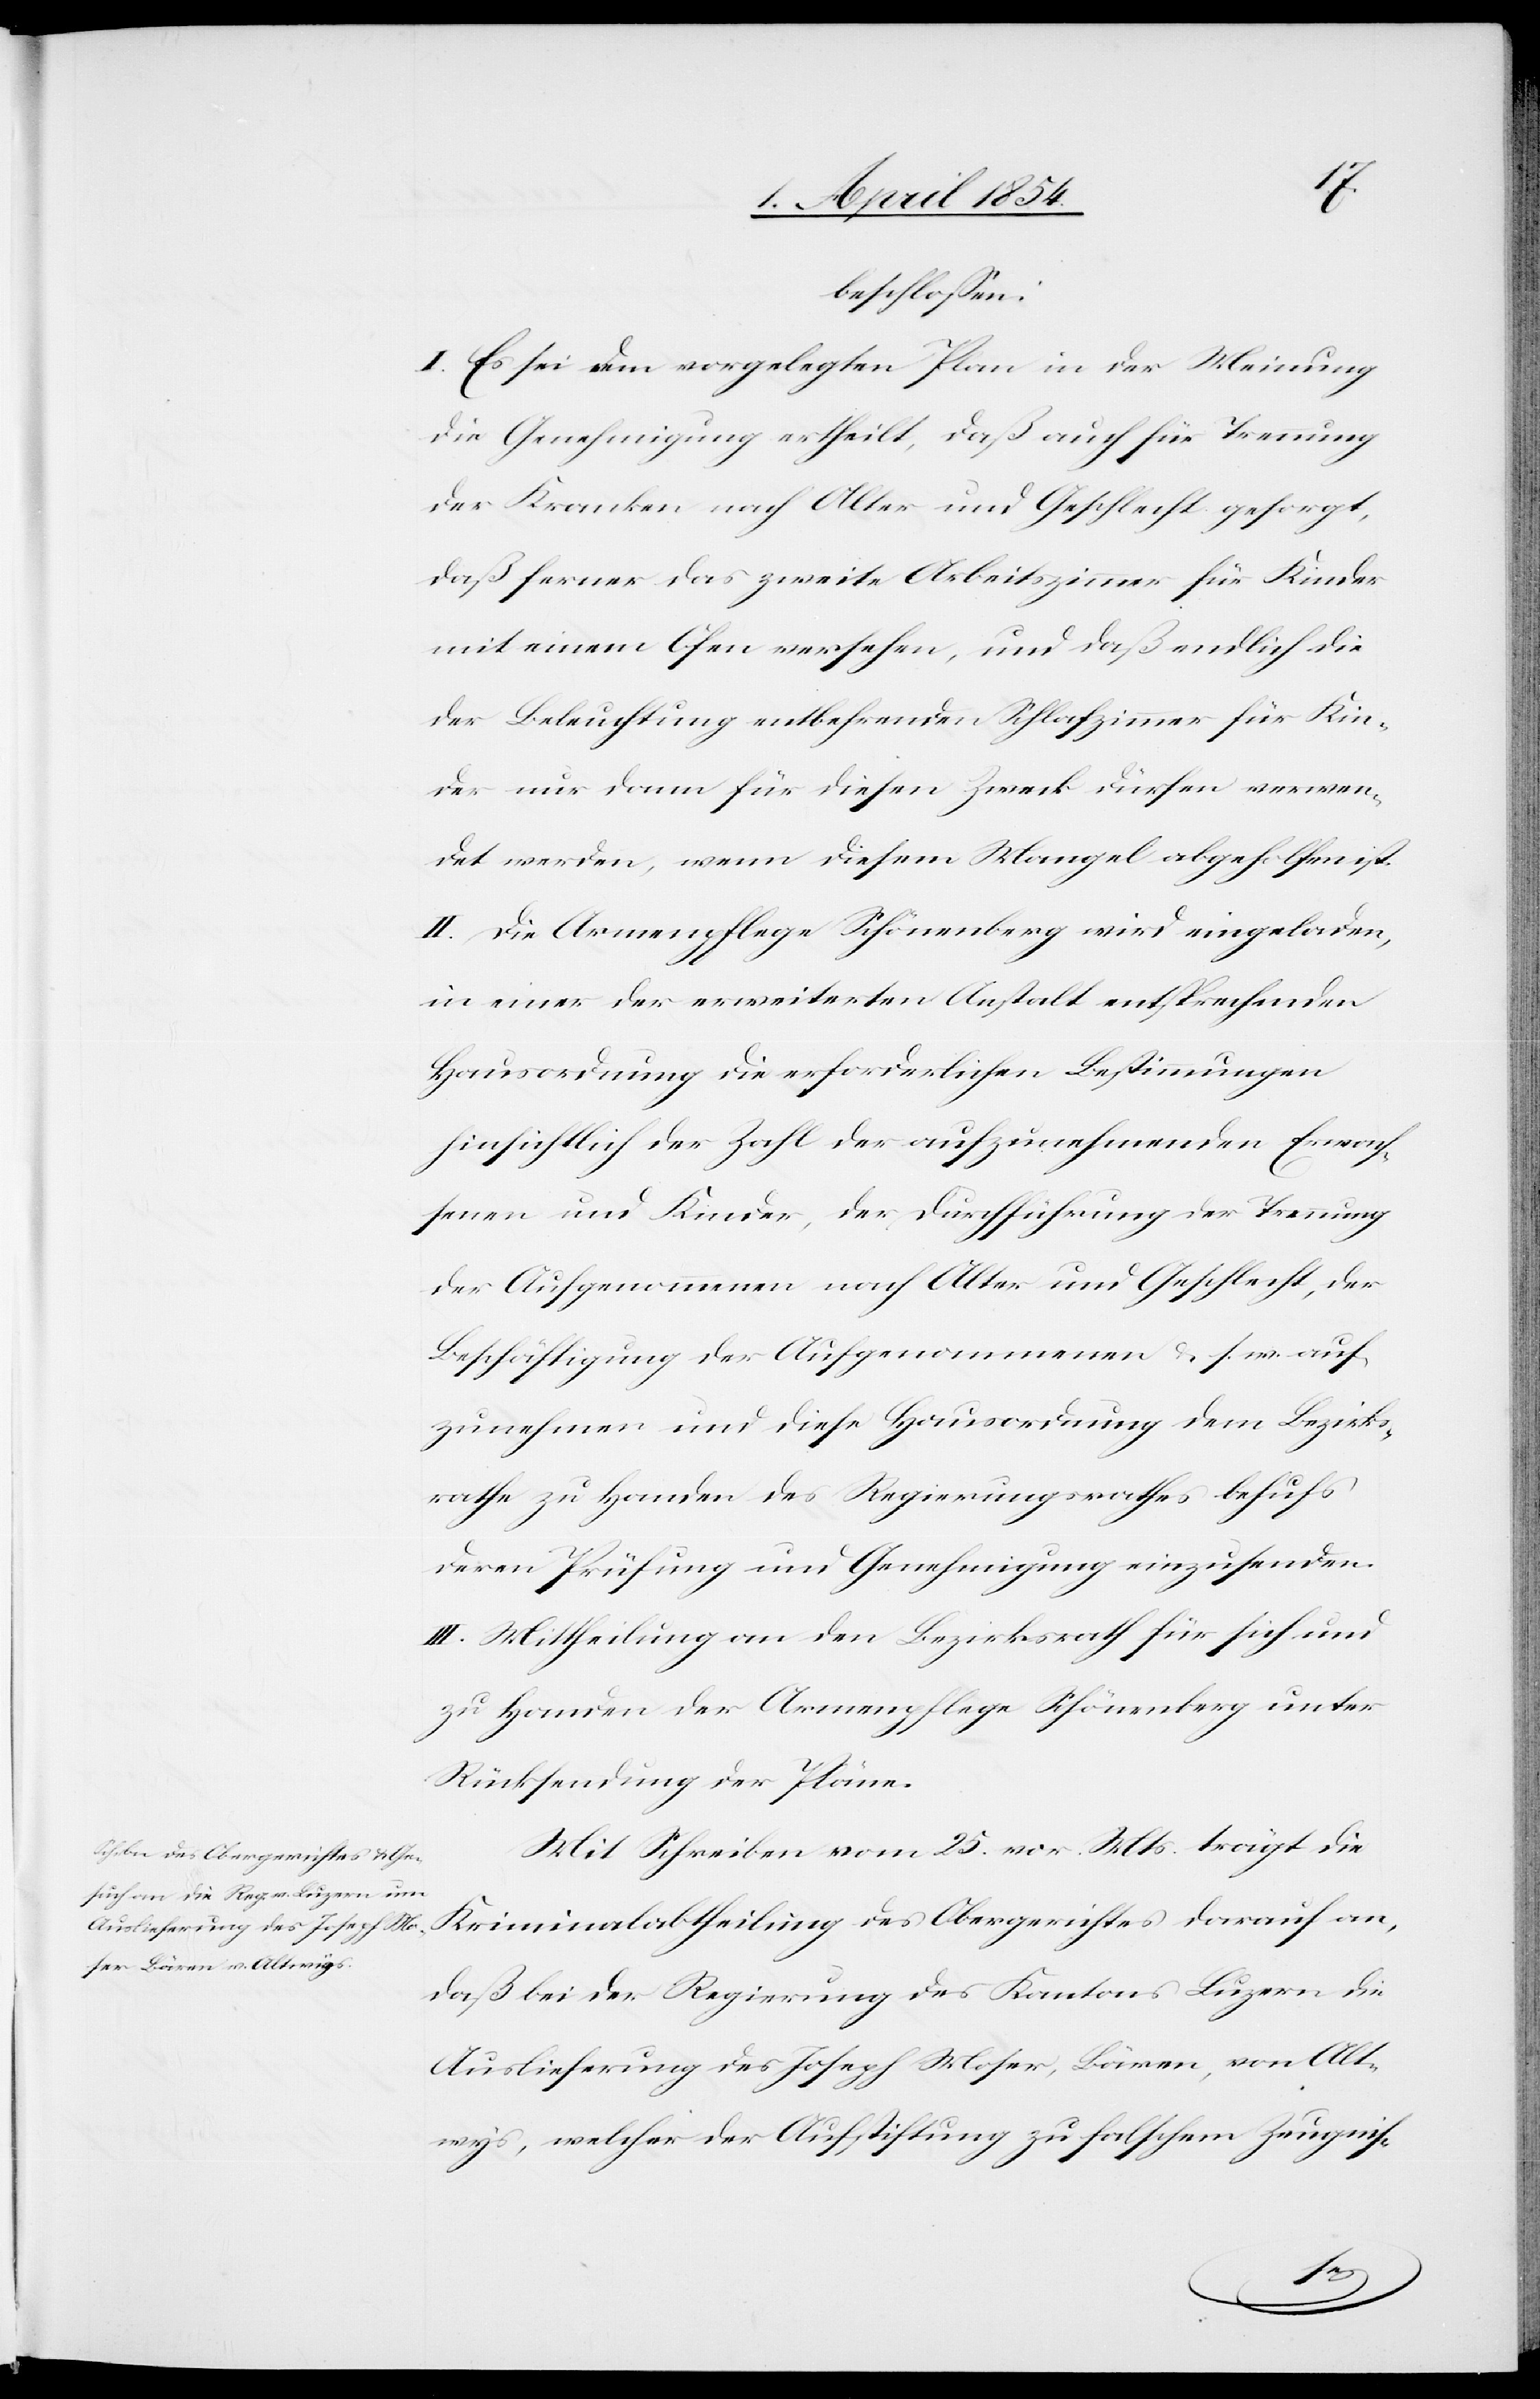
beschloßen:
I. Es sei dem vorgelegten Plan in der Meinung
die Genehmigung ertheilt, daß auch für Trennung
der Kranken nach Alter und Geschlecht gesorgt,
daß ferner das zweite Arbeitszimmer für Kinder
mit einem Ofen versehen, und daß endlich die
der Beleuchtung entbehrenden Schlafzimmer für Kin¬
der nur dann für diesen Zweck dürfen verwen¬
det werden, wenn diesem Mangel abgeholfen ist.
II. Die Armenpflege Schönenberg wird eingeladen,
in einer der erweiterten Anstalt entsprechenden
Hausordnung die erforderlichen Bestimmungen
hinsichtlich der Zahl der aufzunehmenden Erwach¬
senen und Kinder, der Durchführung der Trennung
der Aufgenommenen nach Alter und Geschlecht, der
Beschäftigung der Aufgenommenen u. s. w. auf¬
zunehmen und diese Hausordnung dem Bezirks¬
rathe zu Handen des Regierungsrathes behufs
deren Prüfung um Genehmigung einzusenden.
III. Mittheilung an den Bezirksrath für sich und
zu Handen der Armenpflege Schönenberg unter
Rücksendung der Pläne.
Mit Schreiben vom 25. vor. Mts. trägt die
Kriminalabtheilung des Obergerichtes darauf an,
daß bei der Regierung des Kantons Luzern die
Auslieferung des Joseph Moser, Bären, von Alt¬
wys, welcher der Aufstiftung zu falschem Zeugnis-